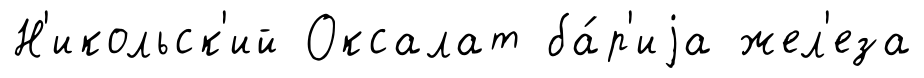
Н'икольск'ий Оксалат ба́р'иjа жел'еза